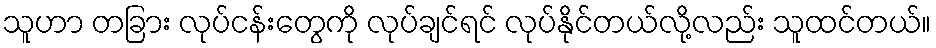
သူဟာ တခြား လုပ်ငန်းတွေကို လုပ်ချင်ရင် လုပ်နိုင်တယ်လို့လည်း သူထင်တယ်။